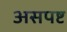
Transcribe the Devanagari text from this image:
असपष्ट